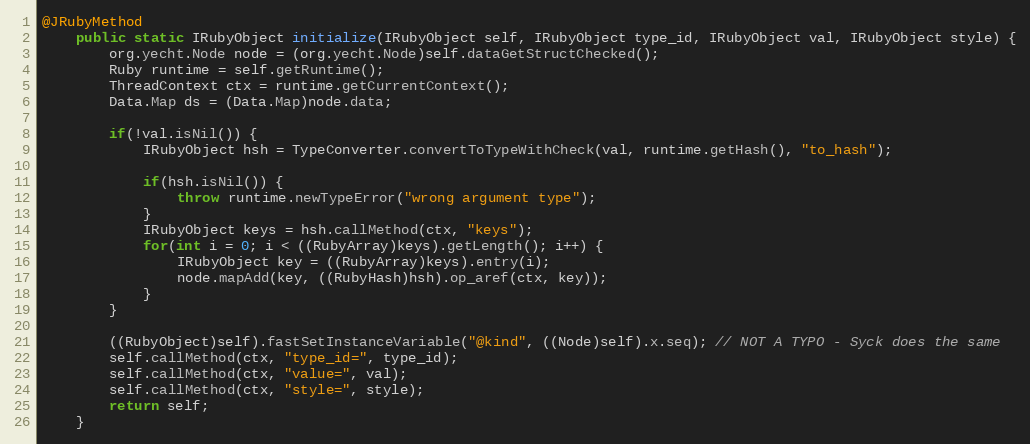
Language: Java
@JRubyMethod
    public static IRubyObject initialize(IRubyObject self, IRubyObject type_id, IRubyObject val, IRubyObject style) {
        org.yecht.Node node = (org.yecht.Node)self.dataGetStructChecked();
        Ruby runtime = self.getRuntime();
        ThreadContext ctx = runtime.getCurrentContext();
        Data.Map ds = (Data.Map)node.data;

        if(!val.isNil()) {
            IRubyObject hsh = TypeConverter.convertToTypeWithCheck(val, runtime.getHash(), "to_hash");

            if(hsh.isNil()) {
                throw runtime.newTypeError("wrong argument type");
            }
            IRubyObject keys = hsh.callMethod(ctx, "keys");
            for(int i = 0; i < ((RubyArray)keys).getLength(); i++) {
                IRubyObject key = ((RubyArray)keys).entry(i);
                node.mapAdd(key, ((RubyHash)hsh).op_aref(ctx, key));
            }
        }

        ((RubyObject)self).fastSetInstanceVariable("@kind", ((Node)self).x.seq); // NOT A TYPO - Syck does the same
        self.callMethod(ctx, "type_id=", type_id);
        self.callMethod(ctx, "value=", val);
        self.callMethod(ctx, "style=", style);
        return self;
    }